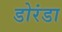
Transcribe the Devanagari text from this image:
डोरंडा